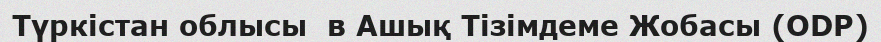
Түркістан облысы  в Ашық Тізімдеме Жобасы (ODP)